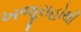
ખજૂરાહોથી